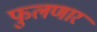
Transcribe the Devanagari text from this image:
फुलणार